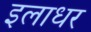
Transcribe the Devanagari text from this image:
इलाधर